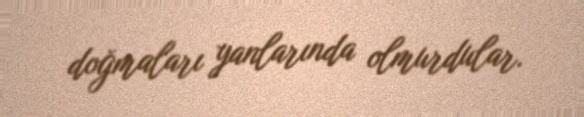
doğmaları yanlarında olmurdular.